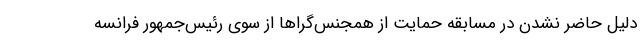
دلیل حاضر نشدن در مسابقه حمایت از همجنس‌گراها از سوی رئیس‌جمهور فرانسه